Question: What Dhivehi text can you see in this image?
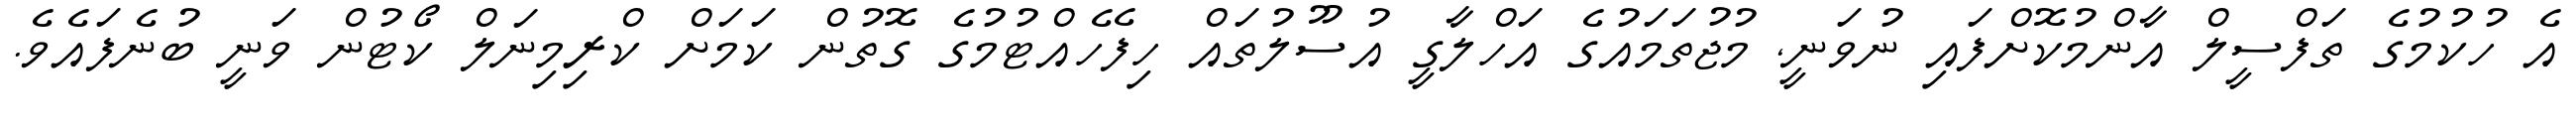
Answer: އެ ހުކުމުގެ ތަފްސީލް އާންމުކޮށްފައި ނުވަނީ, މުޖުތަމައުގެ އަހްލާގީ އުސޫލުތައް ހިފެހެއްޓުމުގެ ގޮތުން ކަމަށް ކްރިމިނަލް ކޯޓުން ވަނީ ބުނެފައެވެ.